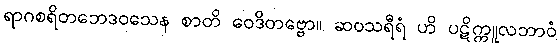
ရာဂစရိတဘေဒဝသေန စာတိ ဝေဒိတဗ္ဗော။ ဆဝသရီရံ ဟိ ပဋိက္ကူလဘာဝံ